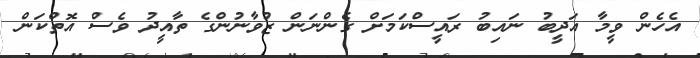
އެހެން ވީމާ އަދީބު ނައިބު ރައީސްކަމަށް ގެންނަން ޒުވާނުންގެ ތާއީދު ވެސް އޮތްކަން